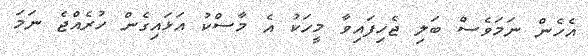
އެހެން ނަމަވެސް ބަލި ޖެހިފައިވާ މީހަކު އެ މާސްކު އަޅައިގެން ހުރެއްޖެ ނަމަ